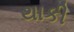
થાકી